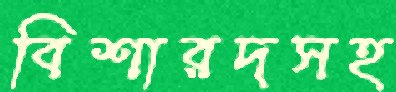
বিশারদসহ